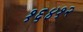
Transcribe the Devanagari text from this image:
१६४१२